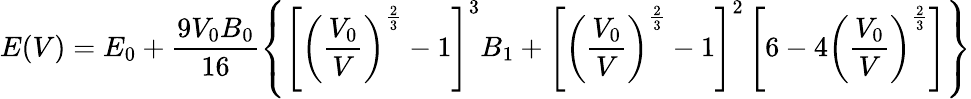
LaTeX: E(V)=E_{0}+\frac{9V_{0}B_{0}}{16}\left\{ \left[\left(\frac{V_{0}}{V}\right)^{\frac{2}{3}}-1\right]^{3}B_{1}+\left[\left(\frac{V_{0}}{V}\right)^{\frac{2}{3}}-1\right]^{2}\left[6-4\left(\frac{V_{0}}{V}\right)^{\frac{2}{3}}\right]\right\}